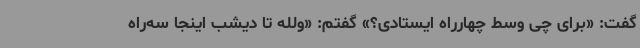
گفت: «برای چی وسط چهارراه ایستادی؟» گفتم: «ولله تا دیشب اینجا سه‌راه